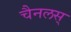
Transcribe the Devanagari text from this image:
चैनलस्